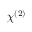
\chi ^ { ( 2 ) }